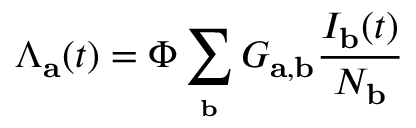
\Lambda _ { \mathbf { a } } ( t ) = \Phi \sum _ { _ \mathbf { b } } G _ { \mathbf { a } , \mathbf { b } } \frac { I _ { \mathbf { b } } ( t ) } { N _ { \mathbf { b } } }